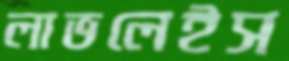
লাভলেইস